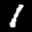
Label: 1